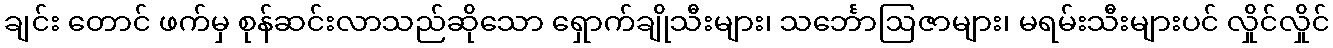
ချင်း တောင် ဖက်မှ စုန်ဆင်းလာသည်ဆိုသော ရှောက်ချိုသီးများ၊ သင်္ဘောဩဇာများ၊ မရမ်းသီးများပင် လှိုင်လှိုင်